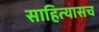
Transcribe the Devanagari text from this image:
साहित्यासच